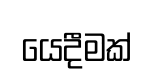
යෙදීමක්